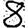
Digit: 8